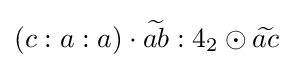
(c:a:a)\cdot {\widetilde {ab}}:4_{2}\odot {\widetilde {ac}}